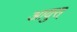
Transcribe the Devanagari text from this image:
आयुस्‌